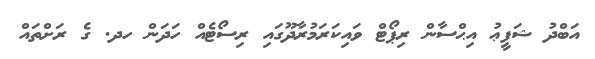
އަބްދު ޝަފީޢު އިޙްސާން ރިޕޯޓް ވައިކަރަމުރާދޫގައި ރިސޯޓެއް ހަދަން ހދ. ގެ ރަށްތައް